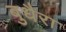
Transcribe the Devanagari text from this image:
बुधैरा